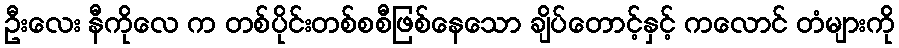
ဦးလေး နီကိုလေ က တစ်ပိုင်းတစ်စစီဖြစ်နေသော ချိပ်တောင့်နှင့် ကလောင် တံများကို